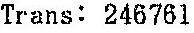
TRANS: 246761